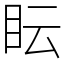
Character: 眃